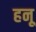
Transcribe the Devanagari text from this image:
हनू